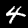
Label: 4